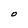
Character: O